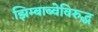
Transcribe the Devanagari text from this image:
झिम्बाब्वेविरुद्ध